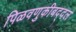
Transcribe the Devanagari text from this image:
पिळवणुकीबद्दल